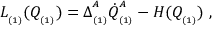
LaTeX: L _ { _ { ( 1 ) } } ( Q _ { _ { ( 1 ) } } ) = \Delta _ { _ { ( 1 ) } } ^ { ^ A } \dot { Q } _ { _ { ( 1 ) } } ^ { ^ A } - H ( Q _ { _ { ( 1 ) } } ) \; ,